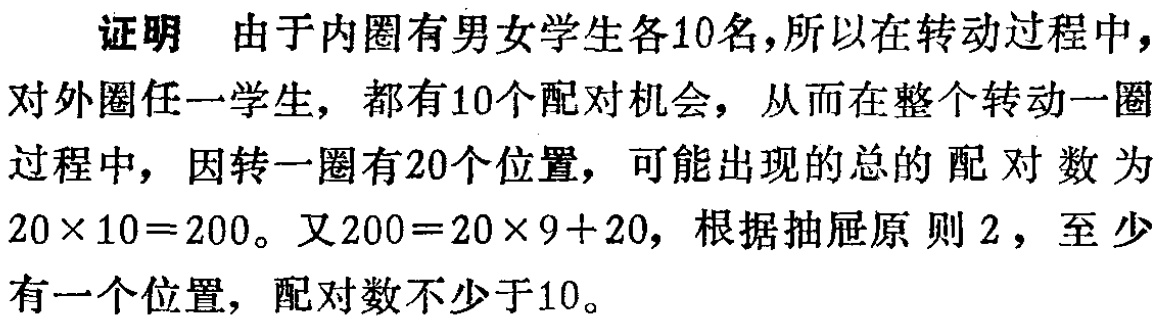
证明 由于内圈有男女学生各10名,所以在转动过程中，对外圈任一学生，都有10个配对机会，从而在整个转动一圈过程中，因转一圈有20个位置，可能出现的总的配对数为$20\times 10 = 200$。又$200 = 20\times 9+20$，根据抽屉原则2，至少有一个位置，配对数不少于10。